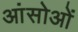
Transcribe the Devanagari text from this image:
आंसोओं